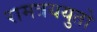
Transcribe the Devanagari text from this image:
रामत्रययुतो